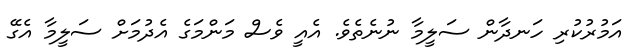
އަމުރުކުރި ހަނދާން ސަލީމާ ނުނެތެވެ. އެއީ ވެސް މަންމަގެ އެދުމަށް ސަލީމާ އެގޭ